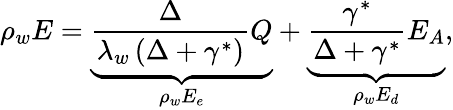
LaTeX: \rho_{w}E=\underbrace{\frac{\Delta}{\lambda_{w}\left(\Delta+\gamma^{*}\right)}Q}_{\rho_{w}E_{e}}+\underbrace{\frac{\gamma^{*}}{\Delta+\gamma^{*}}E_{A}}_{\rho_{w}E_{d}},